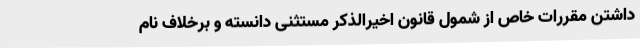
داشتن مقررات خاص از شمول قانون اخیرالذکر مستثنی دانسته و برخلاف نام